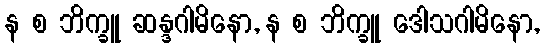
န စ ဘိက္ခူ ဆန္ဒဂါမိနော, န စ ဘိက္ခူ ဒေါသဂါမိနော,